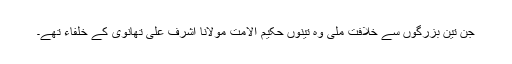
جن تین بزرگوں سے خلافت ملی وہ تینوں حکیم الامت مولانا اشرف علی تھانوی کے خلفاء تھے۔